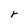
Character: r